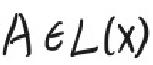
$A\in L(x)$